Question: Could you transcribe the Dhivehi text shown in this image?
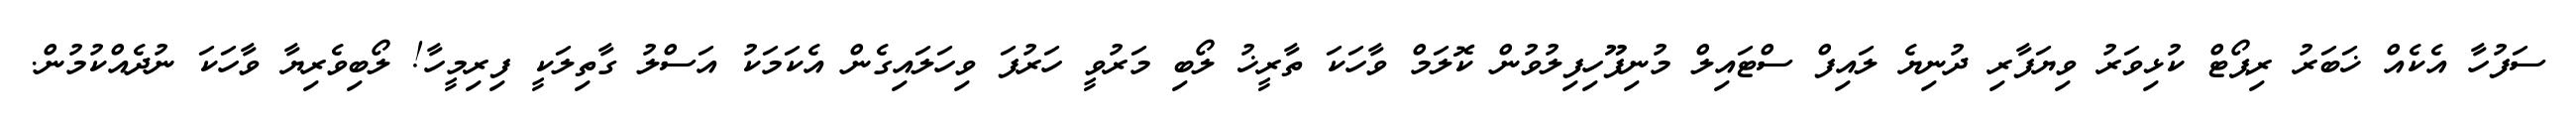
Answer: ސަފުހާ އެކެއް ޚަބަރު ރިޕޯޓް ކުޅިވަރު ވިޔަފާރި ދުނިޔެ ލައިފް ސްޓައިލް މުނިފޫހިފިލުވުން ކޮލަމް ވާހަކަ ތާރީޚު ލޯބި މަރުވީ ހަރުފަ ވިހަލައިގެން އެކަމަކު އަސްލު ގާތިލަކީ ފިރިމީހާ! ލޯބިވެރިޔާ ވާހަކަ ނުދެއްކުމުން.